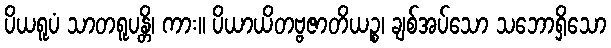
ပိယရူပံ သာတရူပန္တိ၊ ကား။ ပိယာယိတဗ္ဗဇာတိယဉ္စ၊ ချစ်အပ်သော သဘောရှိသော